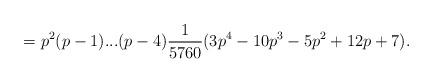
LaTeX: \begin{align*}=p^{2}(p-1)...(p-4)\frac{1}{5760} (3p^{4}-10p^{3}-5p^{2}+12p+7) .\end{align*}